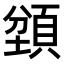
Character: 𬱇